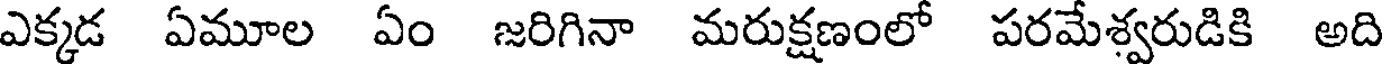
ఎక్కడ ఏమూల ఏం జరిగినా మరుక్షణంలో పరమేశ్వరుడికి అది